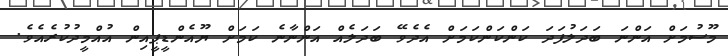
މޫސުމަށް އަންނަ ބަދަލުފަދަ ކަންކަންކަމަށް އެދެވޭ ބަދަލެއް އަންނާނެ ކަމަށް ޔޫއެންޑީޕީއިން އުއްމީދުކުރެއެވެ.